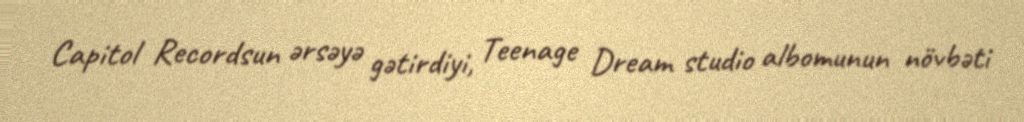
Capitol Recordsun ərsəyə gətirdiyi, Teenage Dream studio albomunun növbəti